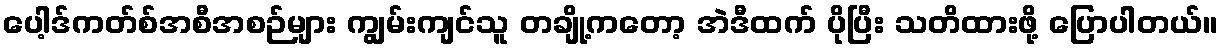
ပေါ့ဒ်ကတ်စ်အစီအစဉ်များ ကျွမ်းကျင်သူ တချို့ကတော့ အဲဒီထက် ပိုပြီး သတိထားဖို့ ပြောပါတယ်။